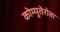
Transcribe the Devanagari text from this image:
कोम्पुतेरोवा